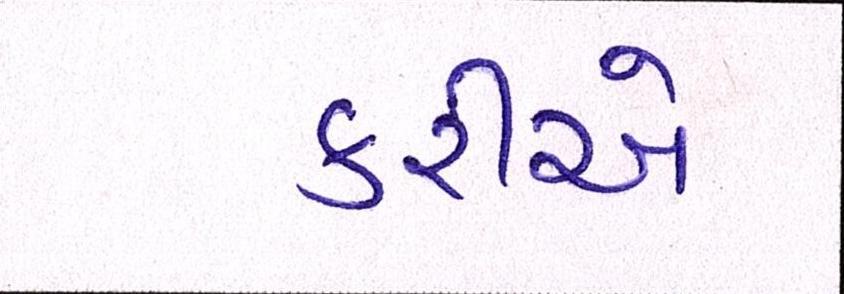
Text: કરીએ